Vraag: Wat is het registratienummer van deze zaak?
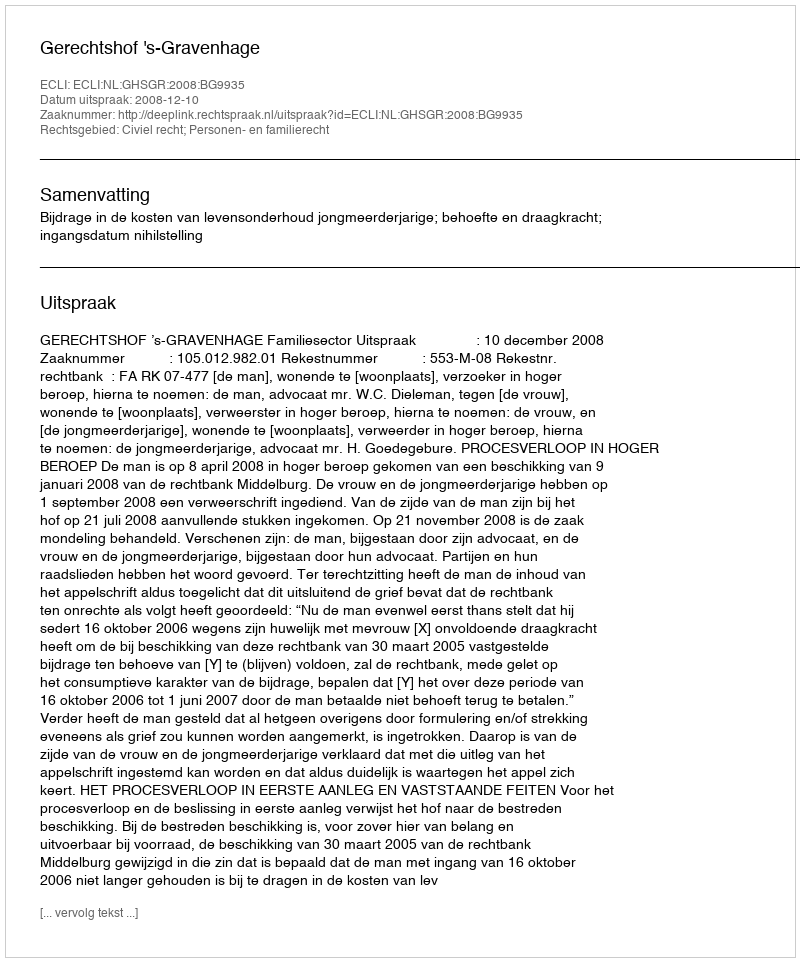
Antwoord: http://deeplink.rechtspraak.nl/uitspraak?id=ECLI:NL:GHSGR:2008:BG9935